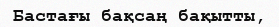
Бастағы бақсаң бақытты,